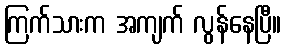
ကြက်သားက အကျက် လွန်နေပြီ။